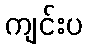
ကျင်းပ